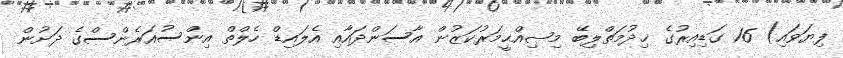
ފިޔަވައި) 16 ގަޑިއިރުގެ ޚިދުމަތްލިބޭ މިޞިއްޙީމަރުކަޒުން އާސަންދައާއި އެލައިޑް ހެލްތް އިންސުއަރެންސްގެ ދަށުން